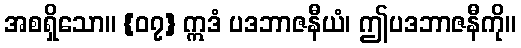
အစရှိသော။ {၀၇} ဣဒံ ပဒဘာဇနီယံ၊ ဤပဒဘာဇနီကို။